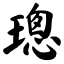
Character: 璁